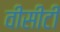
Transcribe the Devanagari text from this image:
वीसीटी